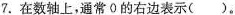
7.在数轴上，通常0的右边表示( )。